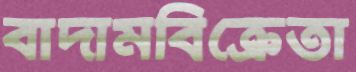
বাদামবিক্রেতা